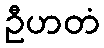
ဦဟတံ